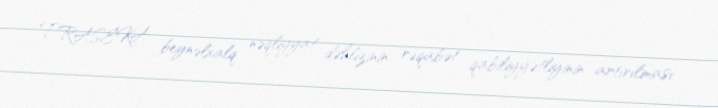
TRASEKA beynəlxalq nəqliyyat dəhlizinin rəqabət qabiliyyətliyinin artırılması